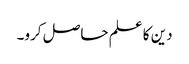
دین کا علم حاصل کرو۔